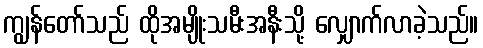
ကျွန်တော်သည် ထိုအမျိုးသမီးအနီးသို့ လျှောက်လာခဲ့သည်။